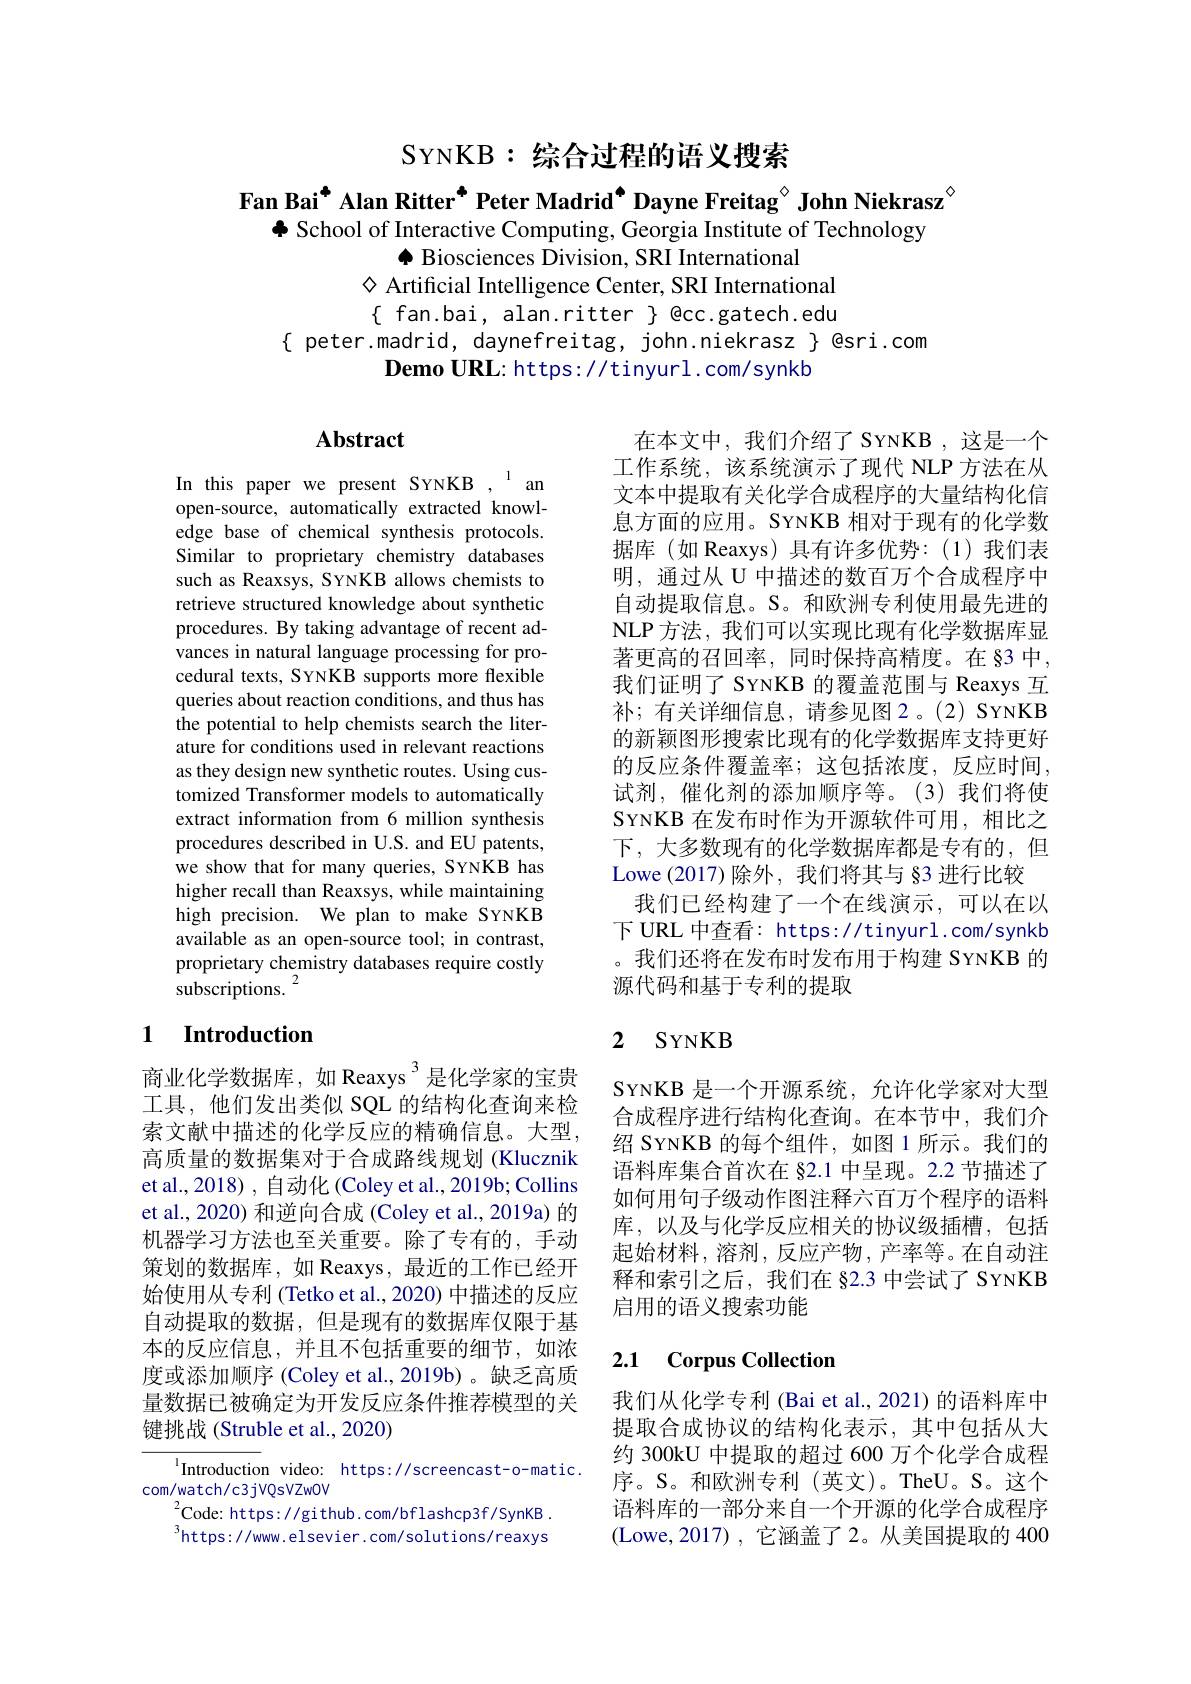
SYNKB: 综合过程的语义搜索

Fan Bai$^{\bullet}$ Alan Ritter$^{\bullet}$ Peter Madrid$^{\bullet}$ Dayne Freitag$^{\circ}$ John Niekrasz$^{\circ}$
$\Phi$ School of Interactive Computing, Georgia Institute of Technology
$\spadesuit$ Biosciences Division, SRI International
$\diamond$ Artificial Intelligence Center, SRI International $\{$ fan.bai, alan.ritter $\}$ @cc.gatech.edu
$\{$ peter.madrid, daynefreitag, john.niekrasz $\}$ @sri.com
$\textbf{Demo URL: https: / / tinyurl. com/ synkb}$

# Abstract

在本文中，我们介绍了 SYNKB ,这是一个工作系统，该系统演示了现代 NLP 方法在从文本中提取有关化学合成程序的大量结构化信息方面的应用。SYNKB 相对于现有的化学数据库(如 Reaxys)具有许多优势：(1)我们表明，通过从 U 中描述的数百万个合成程序中自动提取信息。S。和欧洲专利使用最先进的NLP 方法，我们可以实现比现有化学数据库显著更高的召回率，同时保持高精度。在 83 中， 我们证明了 SYNKB 的覆盖范围与 Reaxys 互补；有关详细信息，请参见图2。(2) SYNKB 的新颖图形搜索比现有的化学数据库支持更好的反应条件覆盖率；这包括浓度，反应时间， 试剂，催化剂的添加顺序等。(3)我们将使SYNKB 在发布时作为开源软件可用，相比之下，大多数现有的化学数据库都是专有的，但Lowe (2017)除外，我们将其与 §3 进行比较
我们已经构建了一个在线演示，可以在以下 URL 中查看：https://tinyurl.com/synkb 。我们还将在发布时发布用于构建 SYNKB 的源代码和基于专利的提取

In this paper we present SYNKB , 1 an open-source, automatically extracted knowledge base of chemical synthesis protocols. Similar to proprietary chemistry databases such as Reaxsys, SYNKB allows chemists to retrieve structured knowledge about synthetic procedures. By taking advantage of recent advances in natural language processing for procedural texts, SYNKB supports more flexible queries about reaction conditions, and thus has the potential to help chemists search the literature for conditions used in relevant reactions as they design new synthetic routes. Using customized Transformer models to automatically extract information from 6 million synthesis procedures described in U.S. and EU patents, we show that for many queries, SYNKB has higher recall than Reaxsys, while maintaining high precision. We plan to make SYNKB available as an open-source tool; in contrast, proprietary chemistry databases require costly ${\hat{\text{subscriptions.}}}^{2}$

## 1 $\textbf{Introduction}$

## 2 SYNKB

SYNKB 是一个开源系统，允许化学家对大型合成程序进行结构化查询。在本节中，我们介绍 SYNKB 的每个组件，如图 1 所示。我们的语料库集合首次在 §2.1 中呈现。2.2 节描述了如何用句子级动作图注释六百万个程序的语料库，以及与化学反应相关的协议级插槽，包括起始材料，溶剂，反应产物，产率等。在自动注释和索引之后，我们在 §2.3 中尝试了 SYNKB 启用的语义搜索功能

商业化学数据库，如 Reaxys $^{3}$是化学家的宝贵工具，他们发出类似 SQL 的结构化查询来检索文献中描述的化学反应的精确信息。大型， 高质量的数据集对于合成路线规划 (Klucznik et al., 2018) , 自动化 (Coley et al., 2019b; Collins et al., 2020) 和逆向合成 (Coley et al., 2019a) 的机器学习方法也至关重要。除了专有的，手动策划的数据库，如 Reaxys,最近的工作已经开始使用从专利 (Tetko et al., 2020) 中描述的反应自动提取的数据，但是现有的数据库仅限于基本的反应信息，并且不包括重要的细节，如浓度或添加顺序 (Coley et al.,2019b)。缺乏高质量数据已被确定为开发反应条件推荐模型的关键挑战 (Struble et al., 2020)

### 2.1 Corpus Collection

我们从化学专利 (Bai et al., 2021) 的语料库中提取合成协议的结构化表示，其中包括从大约 300kU 中提取的超过 600 万个化学合成程序。S。和欧洲专利(英文)。TheU。S。这个语料库的一部分来自一个开源的化学合成程序(Lowe,2017),它涵盖了2。从美国提取的 400

$^{1}$Introduction video: https://screencast-o-matic.
com/watch/c3jVQsVZwOV
${}_{,}^{2}$Code: https: //gi thub. com/bflashcp3f/SynKB $^{3}$https://www.elsevier.com/solutions/reaxys